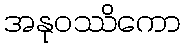
အနုဝဿိကော